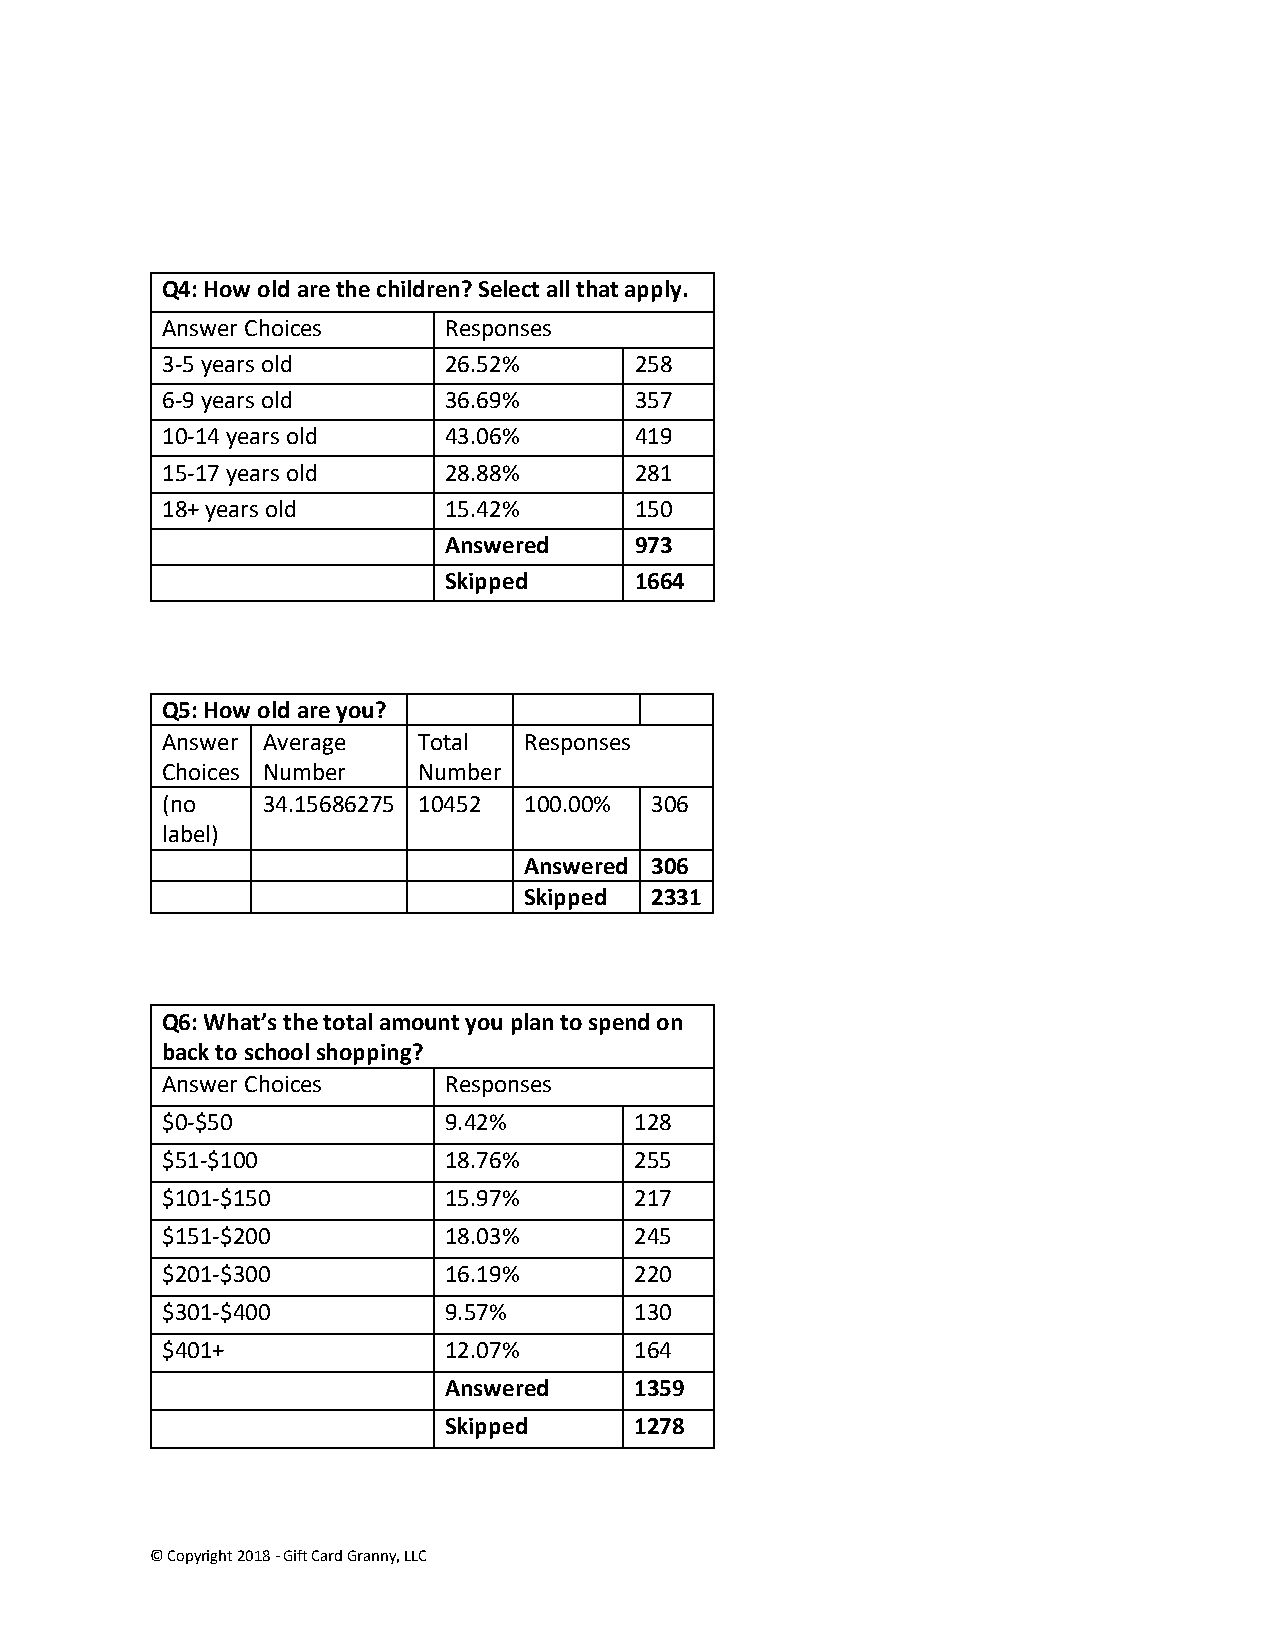
Q4: How old are the children? Select all that apply.
 Answer Choices    Responses
 3-5 years old     26.52%       258
 6-9 years old     36.69%       357
 10-14 years old   43.06%       419
 15-17 years old   28.88%       281
 18+ years old     15.42%       150
 Answered     973
 Skipped      1664
 Q5: How old are you?
 Answer Average   Total  Responses
 Choices Number   Number
 (no   34.15686275 10452 100.00% 306
 label)
 Answered 306
 Skipped 2331
 Q6: What’s the total amount you plan to spend on
 back to school shopping?
 Answer Choices    Responses
 $0-$50            9.42%        128
 $51-$100          18.76%       255
 $101-$150         15.97%       217
 $151-$200         18.03%       245
 $201-$300         16.19%       220
 $301-$400         9.57%        130
 $401+             12.07%       164
 Answered     1359
 Skipped      1278
 © Copyright 2018 - Gift Card Granny, LLC